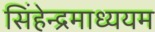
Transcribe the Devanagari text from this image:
सिंहेन्द्रमाध्ययम